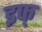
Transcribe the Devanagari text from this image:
इफ्